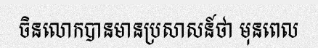
ចិនលោកបានមានប្រសាសន៍ថា មុនពេល